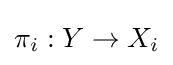
\pi _{i}:Y\to X_{i}